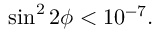
\sin ^ { 2 } 2 \phi < 1 0 ^ { - 7 } .